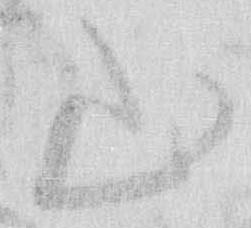
山